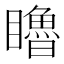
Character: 𥌧